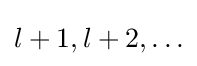
l+1,l+2,\ldots